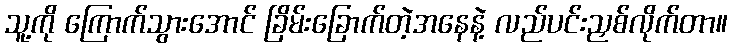
သူ့ကို ကြောက်သွားအောင် ခြိမ်းခြောက်တဲ့အနေနဲ့ လည်ပင်းညှစ်လိုက်တာ။